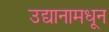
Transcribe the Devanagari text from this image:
उद्यानामधून